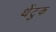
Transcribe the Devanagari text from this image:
थेंटुक